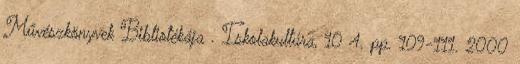
Művészkönyvek Bibliotékája . Iskolakultúra, 10 4. pp. 109-111. 2000